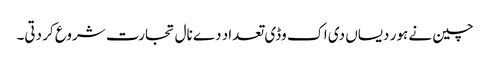
چین نے ہور دیساں دی اک وڈی تعداد دے نال تجارت شروع کر دتی۔